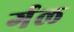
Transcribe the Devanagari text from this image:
र्गल